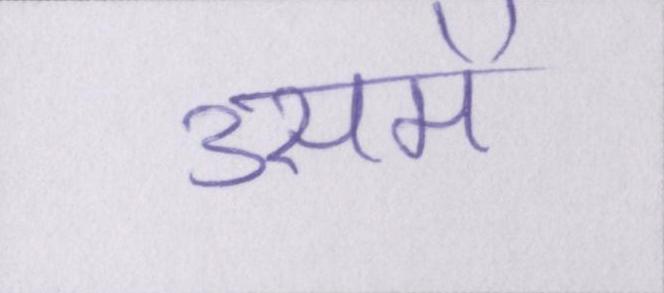
उसमें